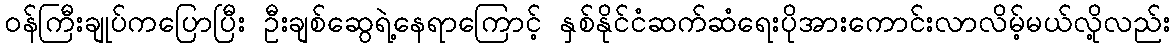
ဝန်ကြီးချုပ်ကပြောပြီး ဦးချစ်ဆွေရဲ့နေရာကြောင့် နှစ်နိုင်ငံဆက်ဆံရေးပိုအားကောင်းလာလိမ့်မယ်လို့လည်း